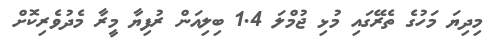
މިދިޔަ މަހުގެ ތެރޭގައި މުޅި ޖުމްލަ 1.4 ބިލިއަން ރުފިޔާ މީރާ މެދުވެރިކޮށް